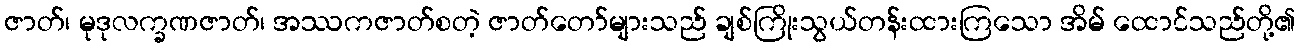
ဇာတ်၊ မုဒုလက္ခဏဇာတ်၊ အဿကဇာတ်စတဲ့ ဇာတ်တော်များသည် ချစ်ကြိုးသွယ်တန်းထားကြသော အိမ် ထောင်သည်တို့၏